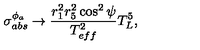
\sigma _ { a b s } ^ { \phi _ { a } } \rightarrow \frac { r _ { 1 } ^ { 2 } r _ { 5 } ^ { 2 } \cos ^ { 2 } \psi } { T _ { e f f } ^ { 2 } } T _ { L } ^ { 5 } ,